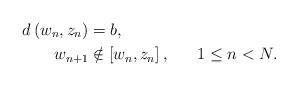
LaTeX: \begin{align*}d\left( w_{n},z_{n}\right) & =b,\\w_{n+1} & \notin\left[ w_{n},z_{n}\right] ,\ \ \ \ \ 1\leq n<N.\end{align*}